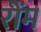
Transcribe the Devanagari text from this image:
रोंम